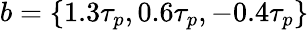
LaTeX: b=\{ 1.3\tau_{p},0.6\tau_{p},-0.4\tau_{p}\}